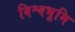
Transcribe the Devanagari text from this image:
विश्वभूमि